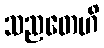
သညတေဟိ